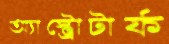
অ্যাস্ট্রোটার্ফ